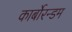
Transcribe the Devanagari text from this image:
कार्बोरन्डम